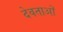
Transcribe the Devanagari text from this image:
देवताऒ